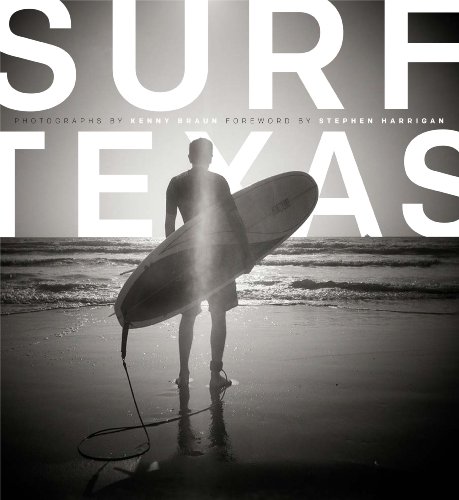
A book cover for Surf Texas; Kenny Braun; Sports & Outdoors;